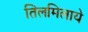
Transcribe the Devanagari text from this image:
तिलमिलाये